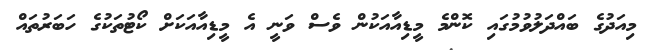
މިއަދުގެ ބައްދަލުވުމުގައި ކޮންމެ މީޑިއާއަކުން ވެސް ވަނީ އެ މީޑިއާއަކަށް ކޯޓުތަކުގެ ހަބަރުތައް